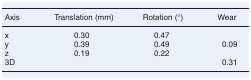
<table><thead><tr><td><b>Axis</b></td><td><b>Translation (mm)</b></td><td><b>Rotation (°)</b></td><td><b>Wear</b></td></tr></thead><tbody><tr><td>x</td><td>0.30</td><td>0.47</td><td></td></tr><tr><td>y</td><td>0.39</td><td>0.49</td><td>0.09</td></tr><tr><td>z</td><td>0.19</td><td>0.22</td><td></td></tr><tr><td>3D</td><td></td><td></td><td>0.31</td></tr></tbody></table>